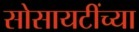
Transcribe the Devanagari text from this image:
सोसायटींच्या